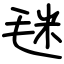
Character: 毩